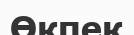
Өкпек